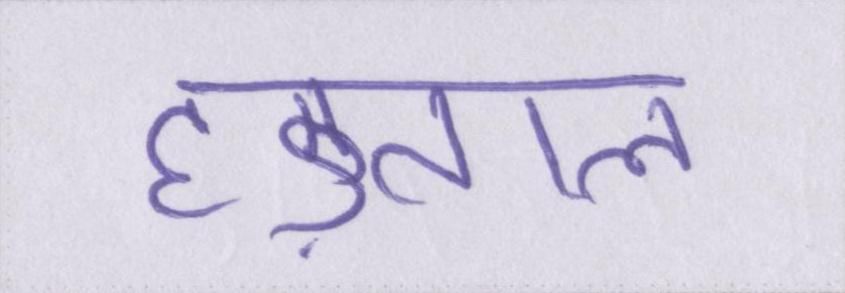
हड़ताल